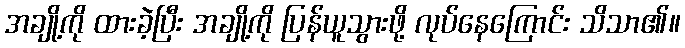
အချို့ကို ထားခဲ့ပြီး အချို့ကို ပြန်ယူသွားဖို့ လုပ်နေကြောင်း သိသာ၏။